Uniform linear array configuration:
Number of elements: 32
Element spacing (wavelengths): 0.75
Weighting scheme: cosine
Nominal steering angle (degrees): -60
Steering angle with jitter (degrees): -60.319
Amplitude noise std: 0.05
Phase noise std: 0.05

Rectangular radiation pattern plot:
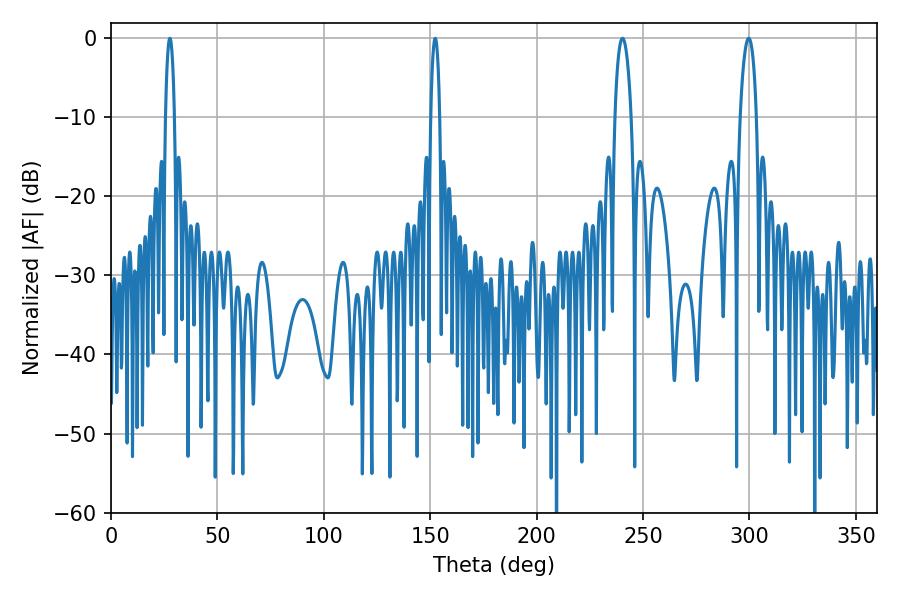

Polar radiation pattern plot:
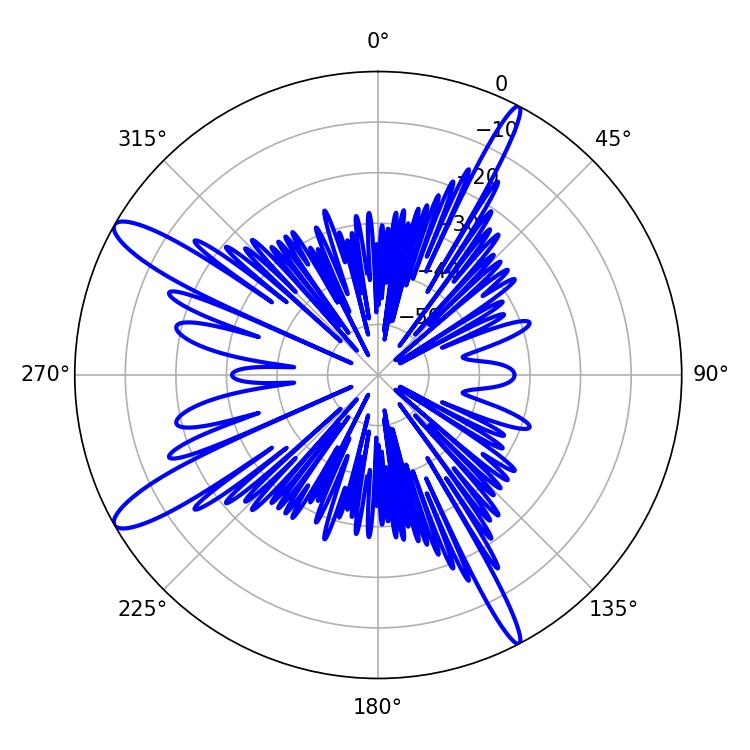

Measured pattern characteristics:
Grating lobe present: TRUE
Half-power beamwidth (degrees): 4.32
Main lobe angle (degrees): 240.3